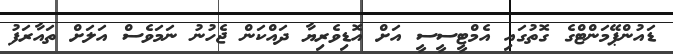
ޑައުންޕޭމަންޓްގެ ގޮތުގައި އެމްޓީސީސީ އަށް އޮޑިވެރިޔާ ދައްކަން ޖެހުނު ނަމަވެސް އަލަށް ތައާރަފު